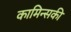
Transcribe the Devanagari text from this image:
कामिन्सकी